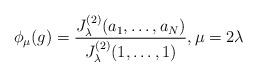
LaTeX: \begin{align*} \phi_\mu(g)= \frac{J_\lambda^{(2)}(a_1,\ldots, a_N)}{J_\lambda^{(2)}(1,\ldots, 1)}, \mu=2\lambda \end{align*}